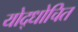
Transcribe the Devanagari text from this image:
योद्धोचित